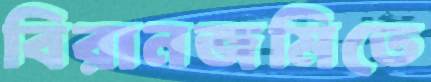
বিরানজমিতে